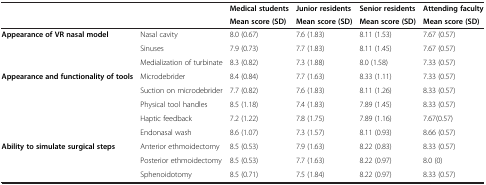
<table><thead><tr><td rowspan="2">[EMPTY_CELL]</td><td rowspan="2">[EMPTY_CELL]</td><td><b>Medical students</b></td><td><b>Junior residents</b></td><td><b>Senior residents</b></td><td><b>Attending faculty</b></td></tr><tr><td><b>Mean score (SD)</b></td><td><b>Mean score (SD)</b></td><td><b>Mean score (SD)</b></td><td><b>Mean score (SD)</b></td></tr></thead><tbody><tr><td rowspan="3"><b>Appearance of VR nasal model</b></td><td>Nasal cavity</td><td>8.0 (0.67)</td><td>7.6 (1.83)</td><td>8.11 (1.53)</td><td>7.67 (0.57)</td></tr><tr><td>Sinuses</td><td>7.9 (0.73)</td><td>7.7 (1.83)</td><td>8.11 (1.45)</td><td>7.67 (0.57)</td></tr><tr><td>Medialization of turbinate</td><td>8.3 (0.82)</td><td>7.3 (1.88)</td><td>8.0 (1.58)</td><td>7.33 (0.57)</td></tr><tr><td rowspan="5"><b>Appearance and functionality of tools</b></td><td>Microdebrider</td><td>8.4 (0.84)</td><td>7.7 (1.63)</td><td>8.33 (1.11)</td><td>7.33 (0.57)</td></tr><tr><td>Suction on microdebrider</td><td>7.7 (0.82)</td><td>7.6 (1.83)</td><td>8.11 (1.26)</td><td>8.33 (0.57)</td></tr><tr><td>Physical tool handles</td><td>8.5 (1.18)</td><td>7.4 (1.83)</td><td>7.89 (1.45)</td><td>8.33 (0.57)</td></tr><tr><td>Haptic feedback</td><td>7.2 (1.22)</td><td>7.8 (1.75)</td><td>7.89 (1.16)</td><td>7.67(0.57)</td></tr><tr><td>Endonasal wash</td><td>8.6 (1.07)</td><td>7.3 (1.57)</td><td>8.11 (0.93)</td><td>8.66 (0.57)</td></tr><tr><td rowspan="3"><b>Ability to simulate surgical steps</b></td><td>Anterior ethmoidectomy</td><td>8.5 (0.53)</td><td>7.9 (1.63)</td><td>8.22 (0.83)</td><td>8.33 (0.57)</td></tr><tr><td>Posterior ethmoidectomy</td><td>8.5 (0.53)</td><td>7.7 (1.63)</td><td>8.22 (0.97)</td><td>8.0 (0)</td></tr><tr><td>Sphenoidotomy</td><td>8.5 (0.71)</td><td>7.5 (1.84)</td><td>8.22 (0.97)</td><td>8.33 (0.57)</td></tr></tbody></table>